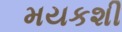
મયકશી